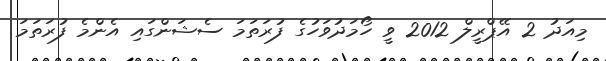
މިއަދު 2 އޭޕްރީލް 2012 ވީ ހޯމަދުވަހުގެ ފުރަތަމަ ސެޝަންގައި އެންމެ ފުރަތަމަ